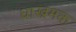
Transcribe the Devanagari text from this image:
धाख्रमक